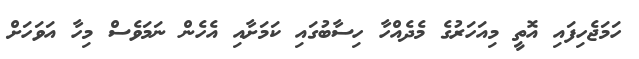
ހަމަޖެހިފައި އޮތީ މިއަހަރުގެ މެދެއްހާ ހިސާބުގައި ކަމަށާއި އެހެން ނަމަވެސް މިހާ އަވަހަށް